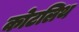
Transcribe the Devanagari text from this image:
कोटलिथ